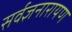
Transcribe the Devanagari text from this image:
सर्वज्ञनारायण